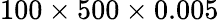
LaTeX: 100\times 500\times 0.005